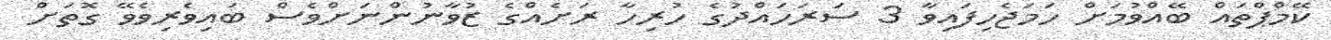
ކޭމްޕްތައް ބޭއްވުމަށް ހަމަޖެހިފައިވާ 3 ސަރަހައްދުގެ ހުރިހާ ރަށެއްގެ ޒުވާނުންނަށްވެސް ބައިވެރިވެވޭ ގޮތަށް